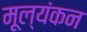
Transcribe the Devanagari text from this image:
मूल्यंकन